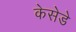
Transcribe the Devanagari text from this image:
केसेडे